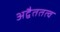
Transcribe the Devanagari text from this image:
अद्वैततत्व